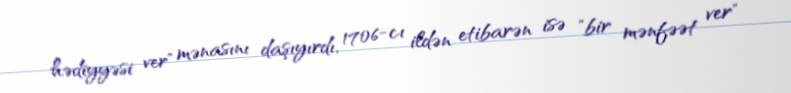
hədiyyəsi ver" mənasını daşıyırdı, 1706-cı ildən etibarən isə "bir mənfəət ver"